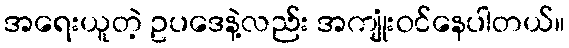
အရေးယူတဲ့ ဥပဒေနဲ့လည်း အကျုံးဝင်နေပါတယ်။